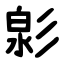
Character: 㣐